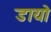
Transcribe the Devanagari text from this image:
डायो